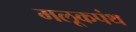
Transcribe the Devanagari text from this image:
मलूकपंथ